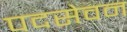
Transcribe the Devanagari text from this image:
पदसेवन